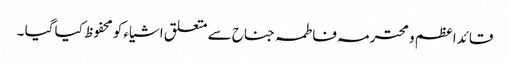
قائدا عظم و محترمہ فاطمہ جناح سے متعلق اشیاء کو محفوظ کیا گیا ۔